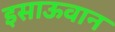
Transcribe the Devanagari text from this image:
इसाऊवान